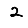
Digit: 2